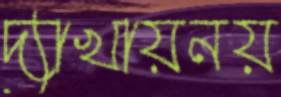
দ্যাখায়নয়